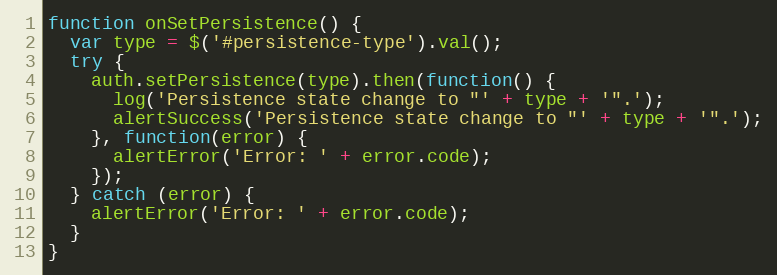
Language: JavaScript
function onSetPersistence() {
  var type = $('#persistence-type').val();
  try {
    auth.setPersistence(type).then(function() {
      log('Persistence state change to "' + type + '".');
      alertSuccess('Persistence state change to "' + type + '".');
    }, function(error) {
      alertError('Error: ' + error.code);
    });
  } catch (error) {
    alertError('Error: ' + error.code);
  }
}